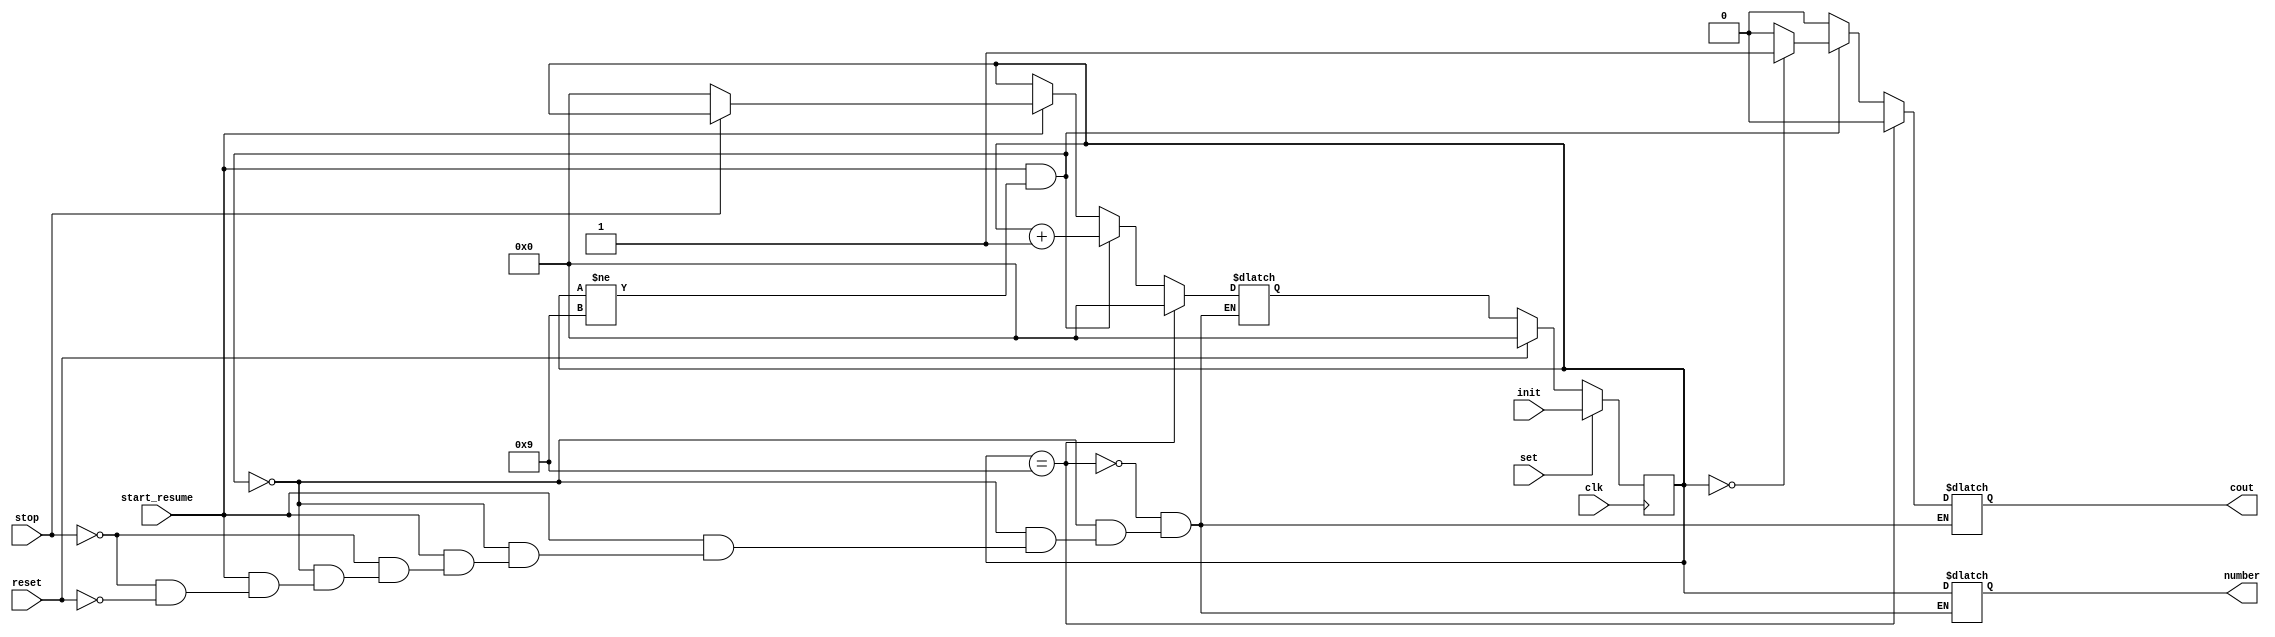
`ifndef MOD10_V
`define MOD10_V
module Mod10Counter(
  output reg[3:0] number,
  output reg cout,
  input[3:0] init,
  input start_resume,reset, stop, clk, set
);

reg [3:0] current, next;

parameter zero =4'b0000,
  one=4'b0001,
  two=4'b0010,
  three=4'b0011,
  four=4'b0100,
  five=4'b0101,
  six=4'b0110,
  seven=4'b0111,
  eight=4'b1000,
  nine=4'b1001;

always @(current or start_resume or reset or stop) 
begin
  if(start_resume==1 && current != nine)
  begin
    if  (current == zero)
    begin
      cout = 1;
    end
    else
    begin
      cout = 0;
    end
    next=current + 1;
    number=current;
  end
  else if(start_resume==0)
  begin
    cout = 0;
    next=current;
    number=current;
  end
  else if(stop==1)
  begin
    cout = 0;
    next=current;
    number=current;
  end
  else if(reset==1) 
  begin
    cout = 0;
    next=zero;
    number=current;
  end

  //change this to for counter of different modulo
  if(current == nine)
  begin
    next = zero;
    cout = 0;
    number = current;
  end

end

always @(posedge clk)
begin
  begin
    if (set == 1)
      current <= init;
    else if(reset==1)
      current <= zero;
    else
      current <= next;
  end
end
endmodule
`endif